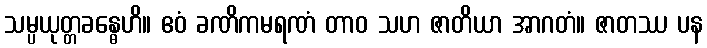
သမ္ပယုတ္တခန္ဓေဟိ။ ဧဝံ ခဏိကမရဏံ တာဝ သဟ ဇာတိယာ အာဂတံ။ ဇာတဿ ပန